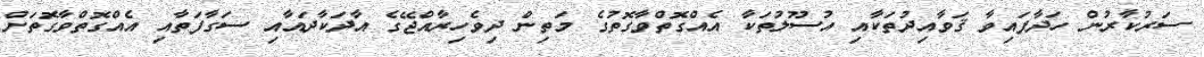
ސަރުކާރުން ހަދާފައިވާ ޤަވާއިދުތަކާއި އުސޫލުތަކާ އެއްގޮތްވާގޮތުގެ މަތިން ދިވެހިރާއްޖޭގެ އާދަކާދައާއި ސަގާފަތާއި އެއްގޮތްވާގޮތަށް